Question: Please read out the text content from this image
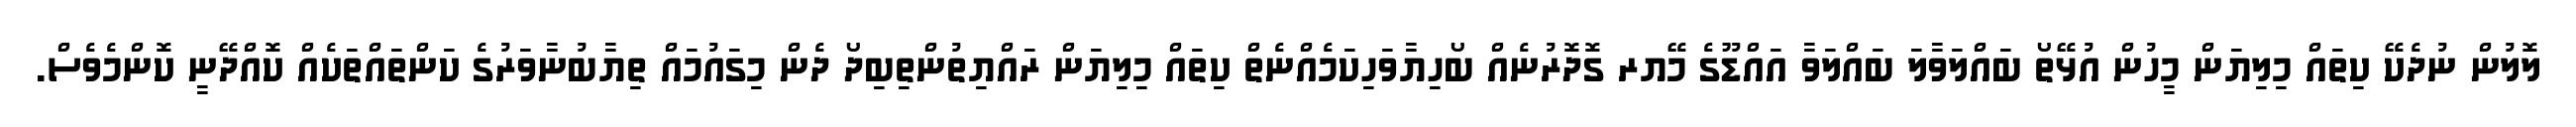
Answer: ލޮލުން ނުދެކޭ ކިތައް މިލިޔަން މީހުން އުޅޭތޯ ބައްލަވާލަ ބައްލަވާ އައްޑޫގެ މޭޔރ ގޮދޮރުނެއް ބޯހިޔާވަހިކަމެއްނެތް ކިތައް މިލިޔަން ރައްޔިތުންތިބިދޯ ދެން މިގައުމައް ތިޔާބުނާވަރުގެ ކަންތައްތަކެއް ކޮއްދޭނީ ކޮންމެވެސް.